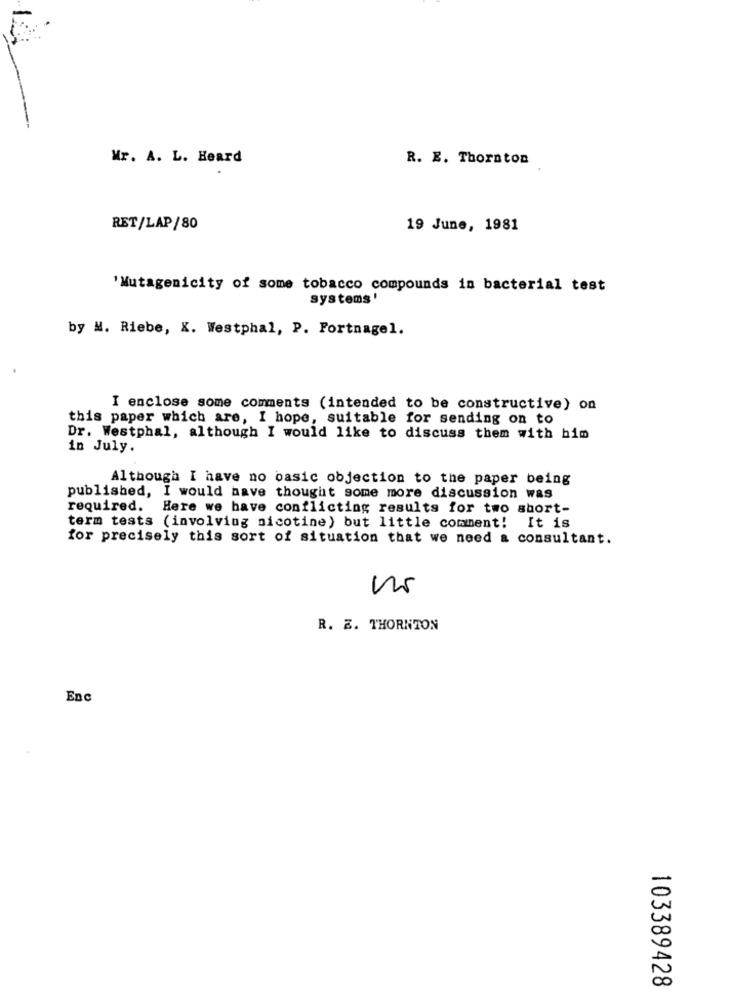
Mr. A. L. Heard
R. E. Thornton
RET/LAP/80
19 June, 1981
'Mutagenicity of some tobacco compounds in bacterial test
systems'
by M. Riebe, X. Westphal, P. Fortnagel.
I enclose some comments (intended to be constructive) on
this paper which are, I hope, suitable for sending on to
Dr. Westphal, although I would like to discuss them with him
in July.
Although I have no basic objection to the paper being
published, I would have thought some more discussion was
required. Here we have conflicting results for two short-
term tests (involving nicotine) but little comment!
It is
for precisely this sort of situation that we need a consultant.
R. Z. THORNTON
Enc
103389428